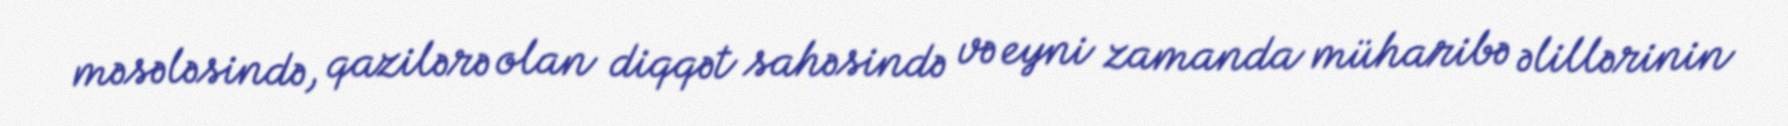
məsələsində, qazilərə olan diqqət sahəsində və eyni zamanda müharibə əlillərinin